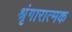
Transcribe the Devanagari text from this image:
श्रृंगारात्मक